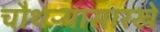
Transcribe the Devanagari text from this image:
चौथऱ्यासारखे